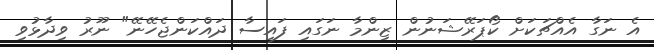
އެ ނަގާ އެއްޗަކަށް ކޯޕަރޭޝަނުން ޒިންމާ ނަގައި ފައިސާ ދައްކަންޖެހޭނޭ" ނޫރު ވިދާޅުވި